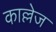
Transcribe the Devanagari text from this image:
काल्लेज